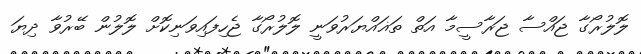
ލޮލުރޯގާ ޖައްސާ ޖަރާސީމާ އަތް ތަޣައްޔަރުވަނީ ލޮލުރޯގާ ޖެހިފައިވަނިކޮށް ލޮލުން ބޭރުވާ ދިޔަ